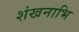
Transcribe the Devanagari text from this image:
शंखनाभि